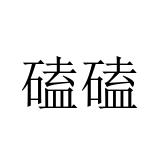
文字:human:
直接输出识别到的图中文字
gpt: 磕磕